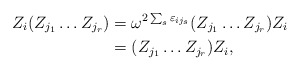
\begin{align*}Z_i(Z_{j_1}\dots Z_{j_r}) &= \omega^{2\sum_s\varepsilon_{ij_s}}(Z_{j_1}\dots Z_{j_r})Z_i \\&= (Z_{j_1}\dots Z_{j_r})Z_i,\end{align*}